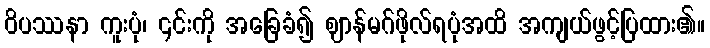
ဝိပဿနာ ကူးပုံ၊ ၎င်းကို အခြေခံ၍ ဈာန်မဂ်ဖိုလ်ရပုံအထိ အကျယ်ဖွင့်ပြထား၏။